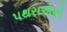
પથરાએલો